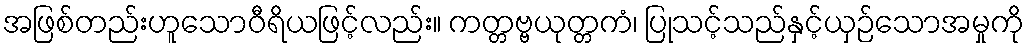
အဖြစ်တည်းဟူသောဝီရိယဖြင့်လည်း။ ကတ္တဗ္ဗယုတ္တကံ၊ ပြုသင့်သည်နှင့်ယှဉ်သောအမှုကို